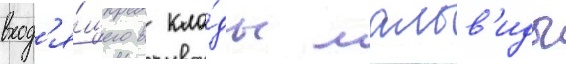
вход'я́щего в кла́ды мальв'иды